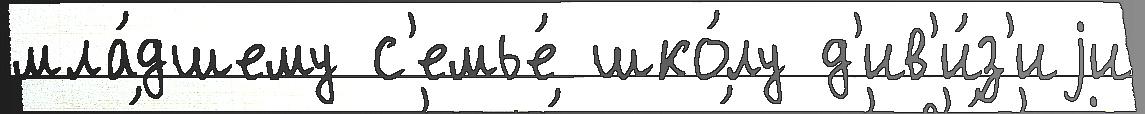
мла́дшему с'емье́ шко́лу д'ив'и́з'иjи